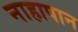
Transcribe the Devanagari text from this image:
नाहापान